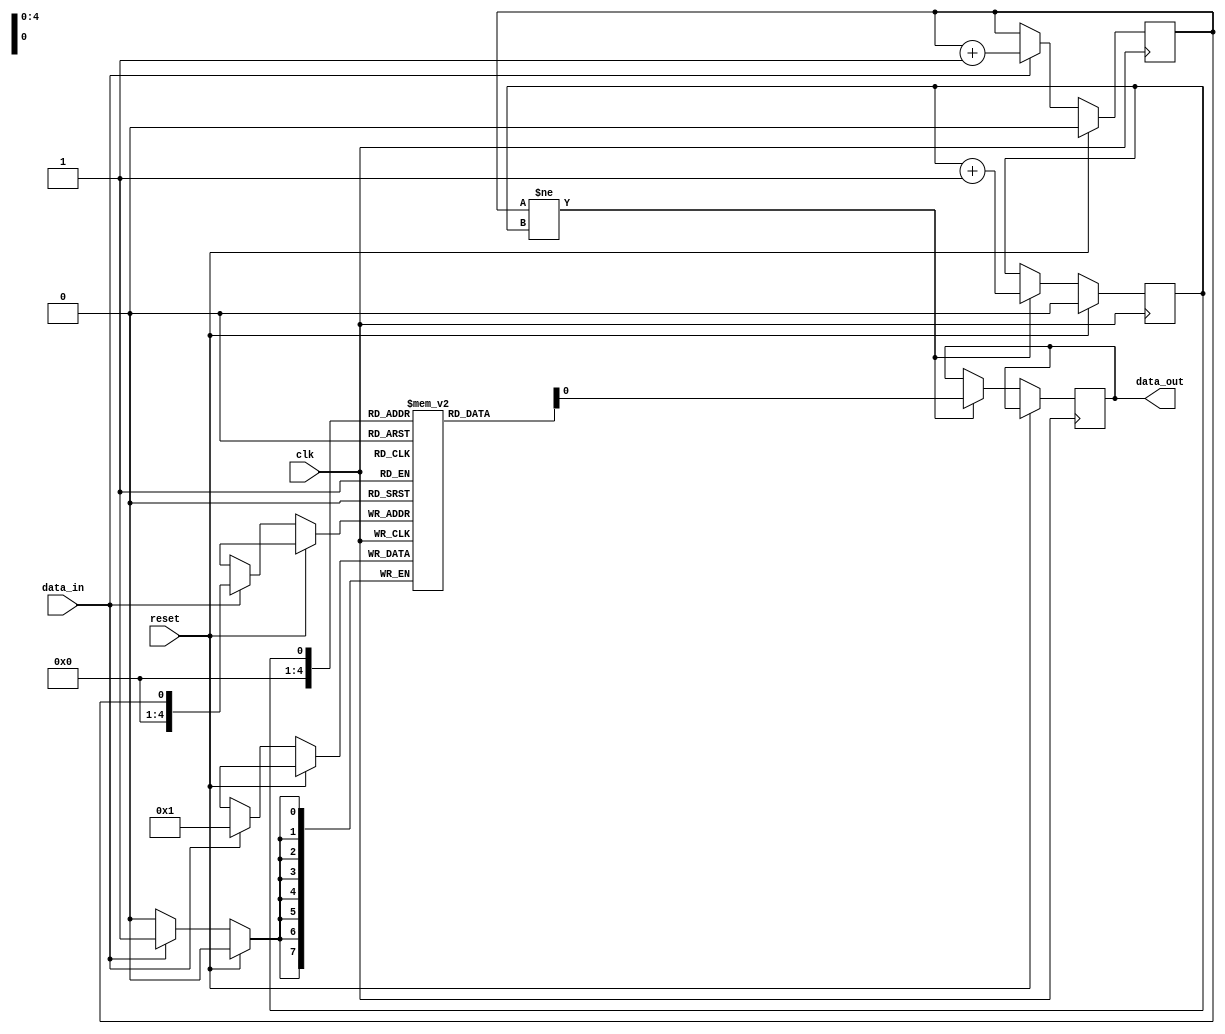
module fifo_buffer (
input wire clk,
input wire reset,
input wire data_in,
output reg data_out
);

reg [7:0] buffer [0:31];
reg head = 0;
reg tail = 0;

always @ (posedge clk) begin
    if (reset) begin
        head <= 0;
        tail <= 0;
    end else begin
        if (data_in != 8'd0) begin
            buffer[tail] <= data_in;
            tail <= tail + 1;
        end
        if (tail != head) begin
            data_out <= buffer[head];
            head <= head + 1;
        end
    end
end

endmodule